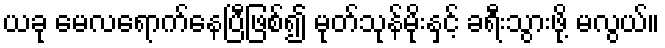
ယခု မေလရောက်နေပြီဖြစ်၍ မုတ်သုန်မိုးနှင့် ခရီးသွားဖို့ မလွယ်။